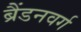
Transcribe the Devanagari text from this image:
ब्रैंडनवर्ग